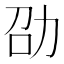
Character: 劭